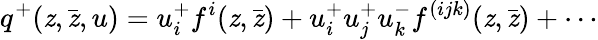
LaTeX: q^{+}(\mathit{z},\bar{{\mathit{z}}},u)=u_{i}^{+}f^{i}(\mathit{z},\bar{{\mathit{z}}})+u_{i}^{+}u_{j}^{+}u_{k}^{-}f^{(ijk)}(\mathit{z},\bar{{\mathit{z}}})+\cdots